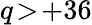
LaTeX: q\! >\! +36